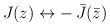
\begin{align*}J(z) \leftrightarrow -\, {\bar J}(\bar z)\end{align*}